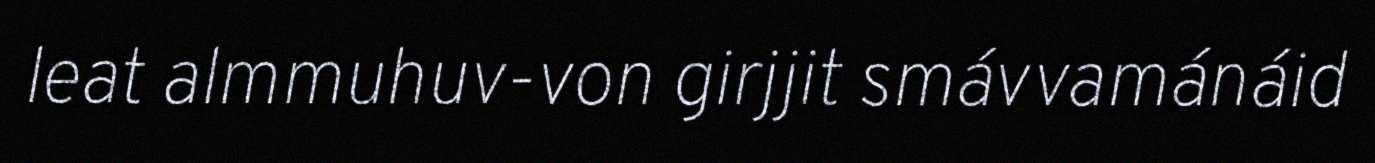
leat almmuhuv-von girjjit smávvamánáid